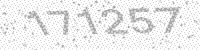
Solution: 171257